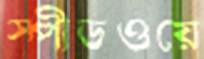
স্পীডওয়ে